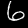
Digit: 6